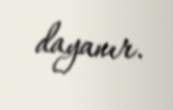
dayanır.